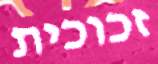
זכוכית